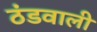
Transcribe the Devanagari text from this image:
ठंडवाली